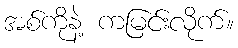
အစ်ကိုနဲ့ ကမြင်းလိုက်။